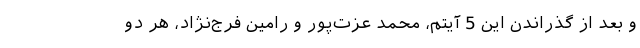
و بعد از گذراندن این 5 آیتم، محمد عزت‌پور و رامین فرج‌نژاد، هر دو